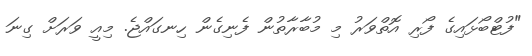
"ފުޓްބޯޅައިގެ ފޯރި އޮތްވަރު މި މުބާރާތުން ފެނިގެން ހިނގައްޖެ. މިއީ ވަރަށް ގިނަ